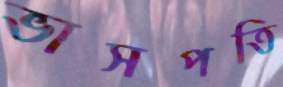
ভাসপতি